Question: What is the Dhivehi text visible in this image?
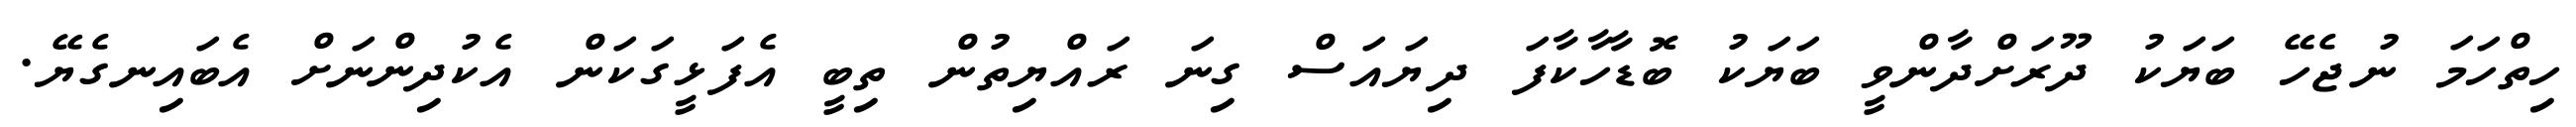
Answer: ހިތްހަމަ ނުޖެހޭ ބަޔަކު ދޫރަށްދާންވީ ބަޔަކު ބޮޑާހާކާފަ ދިޔައަސް ގިނަ ރައްޔިތުން ތިބީ އެފަޅީގަކަން އެކުދިންނަށް އެބައިނގެޔޭ.